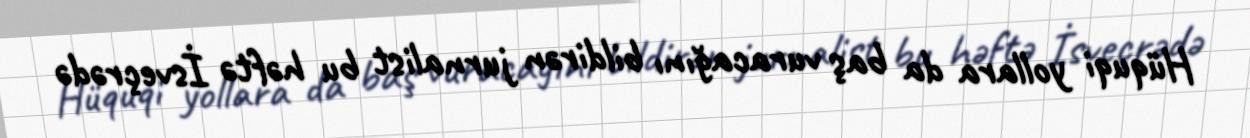
Hüquqi yollara da baş vuracağını bildirən jurnalist bu həftə İsveçrədə